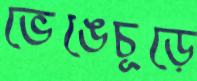
ভেঙেচূড়ে